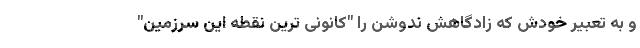
و به تعبیر خودش که زادگاهش ندوشن را "کانونی ترین نقطه این سرزمین"